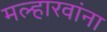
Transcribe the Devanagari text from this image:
मल्हारवांना